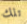
تلك